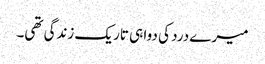
میرے درد کی دوا ہی تاریک زندگی تھی۔